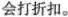
会打折扣。